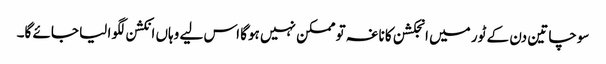
سوچا تین دن کے ٹور میں انجکشن کا ناغہ تو ممکن نہیں ہوگا اس لیے وہاں انکشن لگوا لیا جائے گا۔